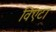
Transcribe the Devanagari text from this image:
विएटा